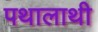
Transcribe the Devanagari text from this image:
पथालाथी